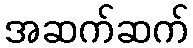
အဆက်ဆက်